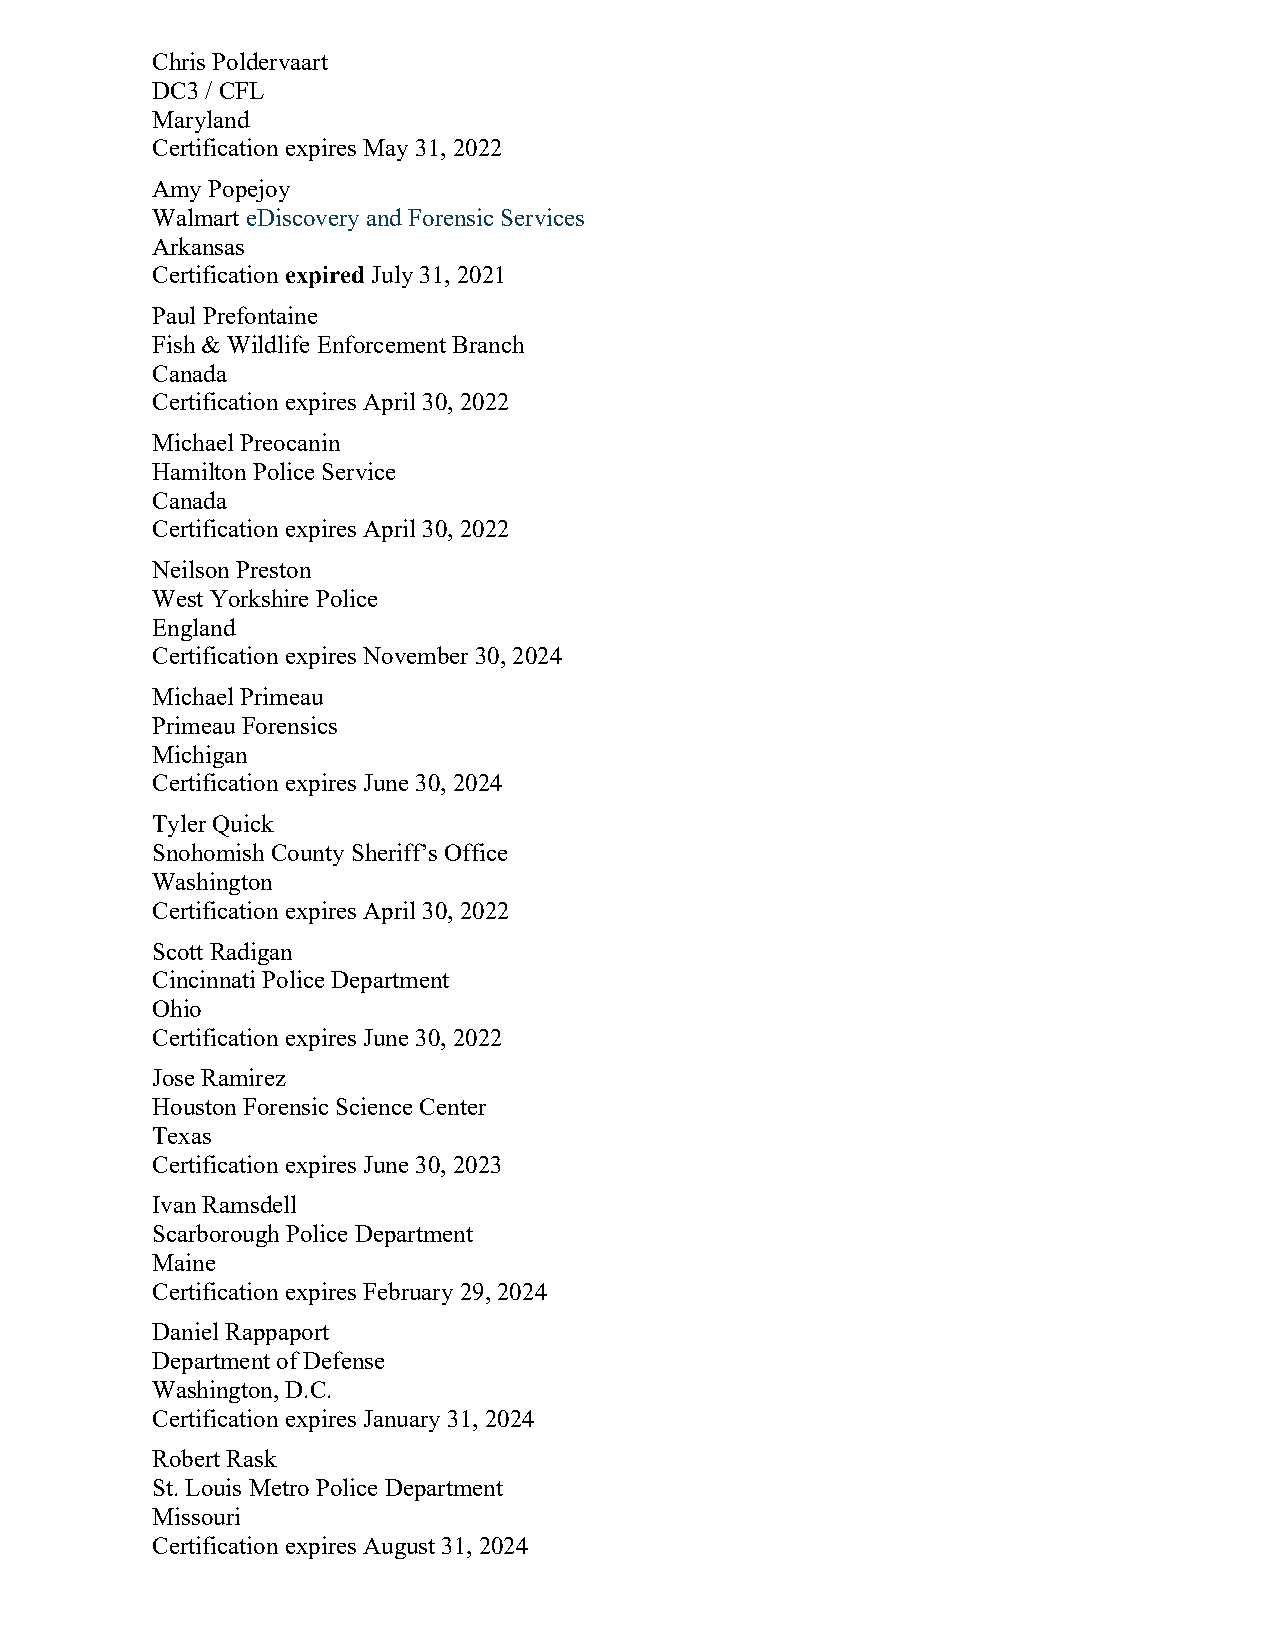
Chris Poldervaart
 DC3 / CFL
 Maryland
 Certification expires May 31, 2022
 Amy Popejoy
 Walmart eDiscovery and Forensic Services
 Arkansas
 Certification expired July 31, 2021
 Paul Prefontaine
 Fish & Wildlife Enforcement Branch
 Canada
 Certification expires April 30, 2022
 Michael Preocanin
 Hamilton Police Service
 Canada
 Certification expires April 30, 2022
 Neilson Preston
 West Yorkshire Police
 England
 Certification expires November 30, 2024
 Michael Primeau
 Primeau Forensics
 Michigan
 Certification expires June 30, 2024
 Tyler Quick
 Snohomish County Sheriff’s Office
 Washington
 Certification expires April 30, 2022
 Scott Radigan
 Cincinnati Police Department
 Ohio
 Certification expires June 30, 2022
 Jose Ramirez
 Houston Forensic Science Center
 Texas
 Certification expires June 30, 2023
 Ivan Ramsdell
 Scarborough Police Department
 Maine
 Certification expires February 29, 2024
 Daniel Rappaport
 Department of Defense
 Washington, D.C.
 Certification expires January 31, 2024
 Robert Rask
 St. Louis Metro Police Department
 Missouri
 Certification expires August 31, 2024